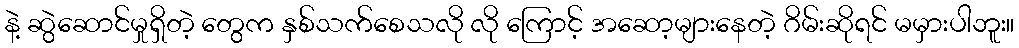
နဲ့ ဆွဲဆောင်မှုရှိတဲ့ တွေက နှစ်သက်စေသလို လို ကြောင့် အဆော့များနေတဲ့ ဂိမ်းဆိုရင် မမှားပါဘူး။